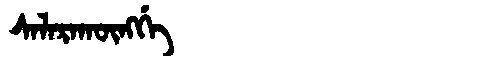
Manchu: ᠰᠠᠯᠠᡵᠠᡴᡡᠩᡤᡝ
Romanization: SALARAKŪNGGE